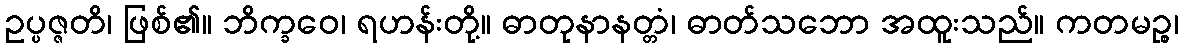
ဥပ္ပဇ္ဇတိ၊ ဖြစ်၏။ ဘိက္ခဝေ၊ ရဟန်းတို့။ ဓာတုနာနတ္တံ၊ ဓာတ်သဘော အထူးသည်။ ကတမဉ္စ၊